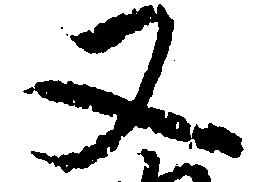
又